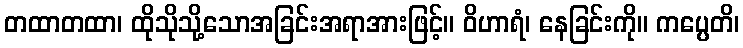
တထာတထာ၊ ထိုသိုသို့သောအခြင်းအရာအားဖြင့်။ ဝိဟာရံ၊ နေခြင်းကို။ ကပ္ပေတိ၊